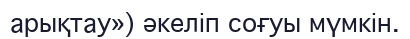
арықтау») әкеліп соғуы мүмкін.